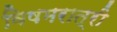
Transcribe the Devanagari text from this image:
विषमरात्री